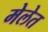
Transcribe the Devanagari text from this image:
मेलेत